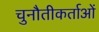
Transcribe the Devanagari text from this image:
चुनौतीकर्ताओं